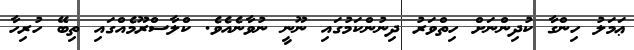
ޢަމަލު ހިންގާ ކުދިންނަށް ހިތްވަރު ދިނުންކަމުގައި ނޫނީ ނުވާނެއެވެ. ކްލާސްރޫމެއްގައި ތިބޭ ހުރިހާ